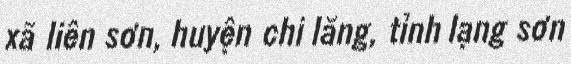
xã liên sơn, huyện chi lăng, tỉnh lạng sơn